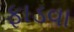
ફાડવા